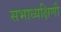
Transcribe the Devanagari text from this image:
सभाध्यक्षिणी